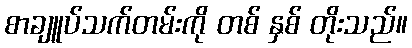
စာချူပ်သက်တမ်းကို တစ် နှစ် တိုးသည်။